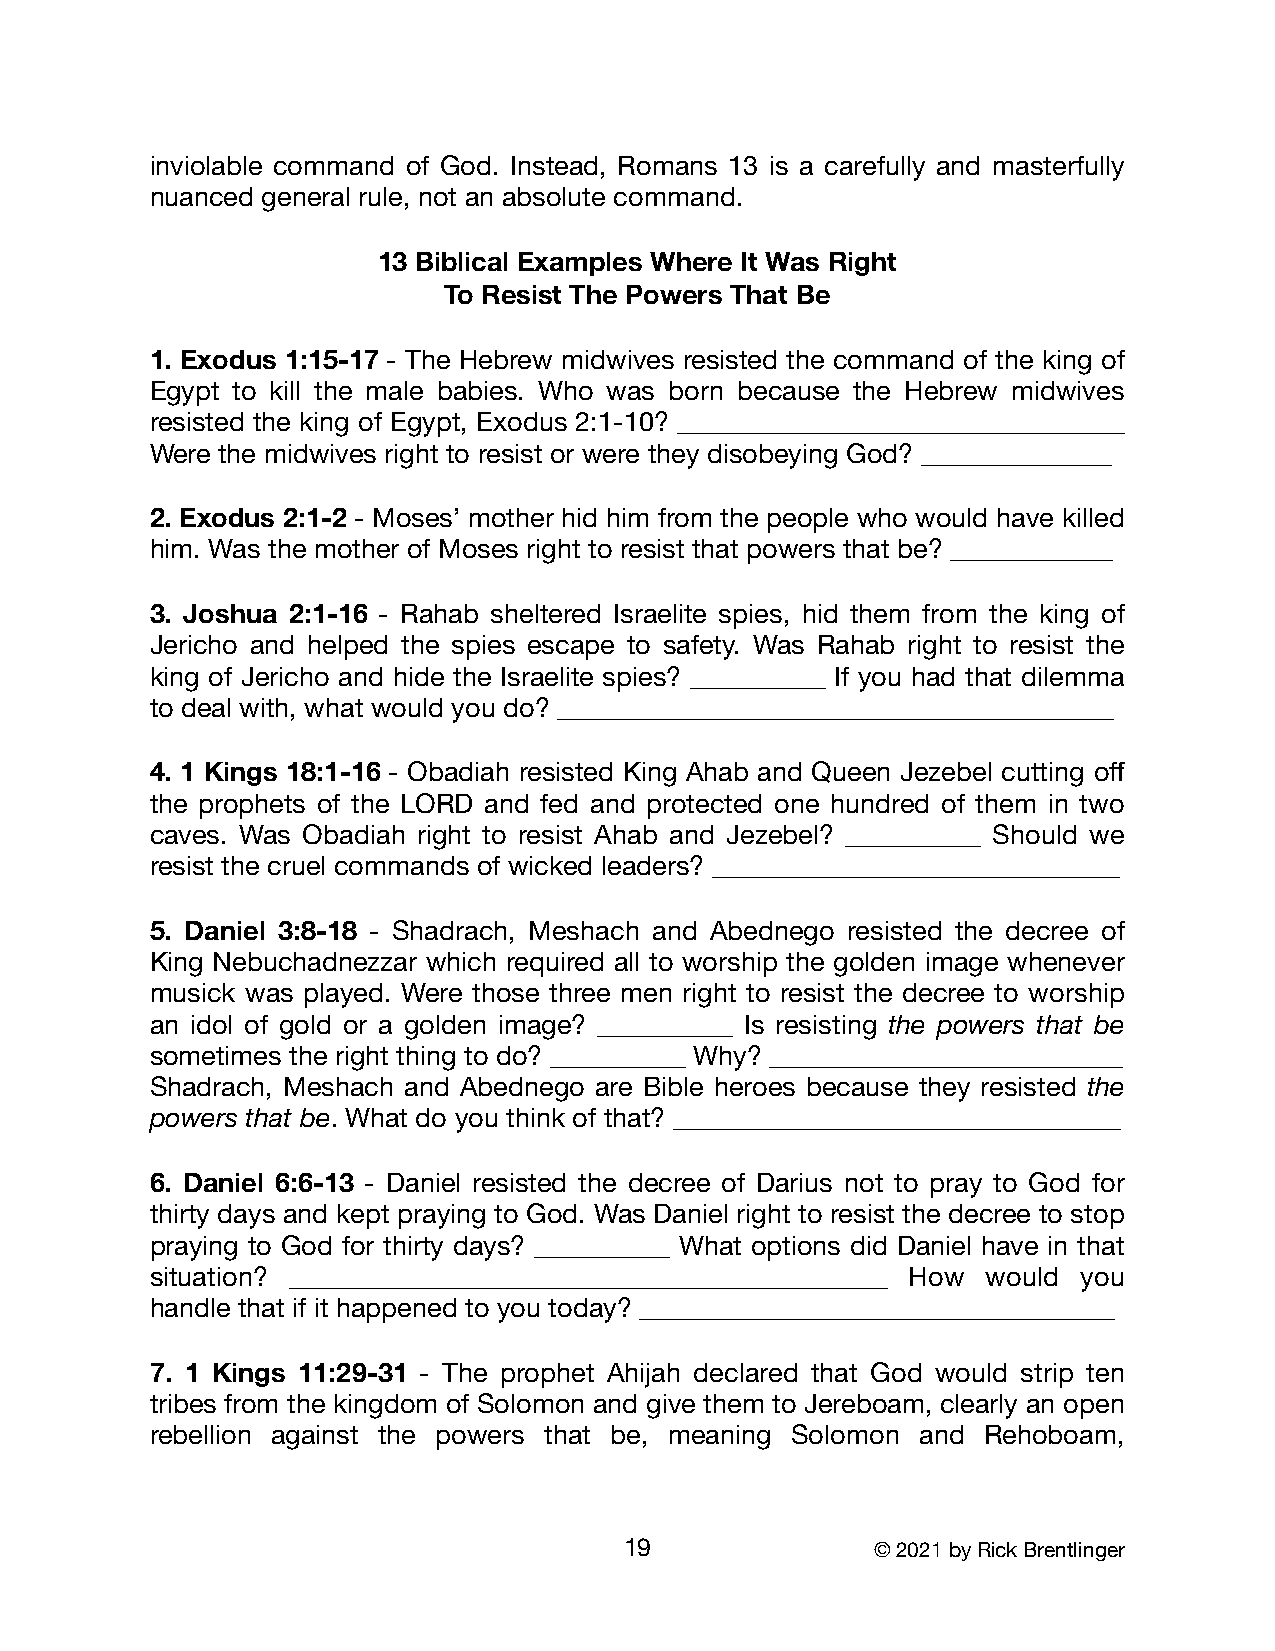
inviolable command of God. Instead, Romans 13 is a carefully and masterfully
 nuanced general rule, not an absolute command.
 13 Biblical Examples Where It Was Right
 To Resist The Powers That Be
 1. Exodus 1:15-17 - The Hebrew midwives resisted the command of the king of
 Egypt to kill the male babies. Who was born because the Hebrew midwives
 resisted the king of Egypt, Exodus 2:1-10? _________________________________
 Were the midwives right to resist or were they disobeying God? ______________
 2. Exodus 2:1-2 - Moses’ mother hid him from the people who would have killed
 him. Was the mother of Moses right to resist that powers that be? ____________
 3. Joshua 2:1-16 - Rahab sheltered Israelite spies, hid them from the king of
 Jericho and helped the spies escape to safety. Was Rahab right to resist the
 king of Jericho and hide the Israelite spies? __________ If you had that dilemma
 to deal with, what would you do? _________________________________________
 4. 1 Kings 18:1-16 - Obadiah resisted King Ahab and Queen Jezebel cutting off
 the prophets of the LORD and fed and protected one hundred of them in two
 caves. Was Obadiah right to resist Ahab and Jezebel? __________ Should we
 resist the cruel commands of wicked leaders? ______________________________
 5. Daniel 3:8-18 - Shadrach, Meshach and Abednego resisted the decree of
 King Nebuchadnezzar which required all to worship the golden image whenever
 musick was played. Were those three men right to resist the decree to worship
 an idol of gold or a golden image? __________ Is resisting the powers that be
 sometimes the right thing to do? __________ Why? __________________________
 Shadrach, Meshach and Abednego are Bible heroes because they resisted the
 powers that be. What do you think of that? _________________________________
 6. Daniel 6:6-13 - Daniel resisted the decree of Darius not to pray to God for
 thirty days and kept praying to God. Was Daniel right to resist the decree to stop
 praying to God for thirty days? __________ What options did Daniel have in that
 situation? ____________________________________________ How would you
 handle that if it happened to you today? ___________________________________
 7. 1 Kings 11:29-31 - The prophet Ahijah declared that God would strip ten
 tribes from the kingdom of Solomon and give them to Jereboam, clearly an open
 rebellion against the powers that be, meaning Solomon and Rehoboam,
 19               © 2021 by Rick Brentlinger